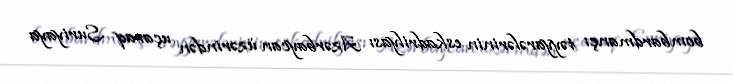
bombardmançı təyyarələrinin eskadrilyası Azərbaycan üzərindən uçaraq Suriyaya